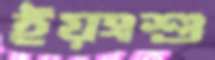
ইয়ংশু